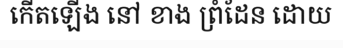
កើតឡើង នៅ ខាង ព្រំដែន ដោយ